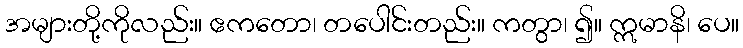
အများတို့ကိုလည်း။ ဧကတော၊ တပေါင်းတည်း။ ကတွာ၊ ၍။ ဣမာနိ၊ ပေ။